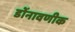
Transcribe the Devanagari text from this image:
डोंनावणीक